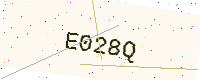
Text: E028Q